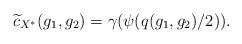
LaTeX: \begin{align*}\widetilde{c}_{X^{\ast}}(g_1, g_2)=\gamma(\psi(q(g_1, g_2)/2)).\end{align*}